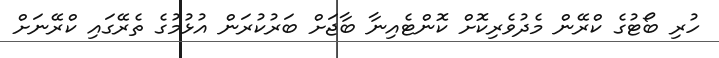
ހުރި ބޯޓުގެ ކްރޭން މެދުވެރިކޮށް ކޮންޓެއިނާ ބާޖަށް ބަރުކުރަން އުޅުމުގެ ތެރޭގައި ކްރޭނަށް